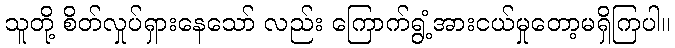
သူတို့ စိတ်လှုပ်ရှားနေသော် လည်း ကြောက်ရွံ့အားငယ်မှုတော့မရှိကြပါ။